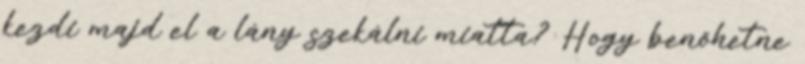
kezdi majd el a lány szekálni miatta? Hogy benőhetne